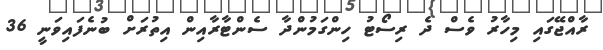
ރާއްޖޭގައި މިހާރު ވެސް ދެ ރިސޯޓު ހިންގަމުންދާ ސެންޓާރާއިން އިތުރަށް ބުނެފައިވަނީ 36